Madras plague regulations in force outside the Presidency town - Volume 5
Disease focus: Plague
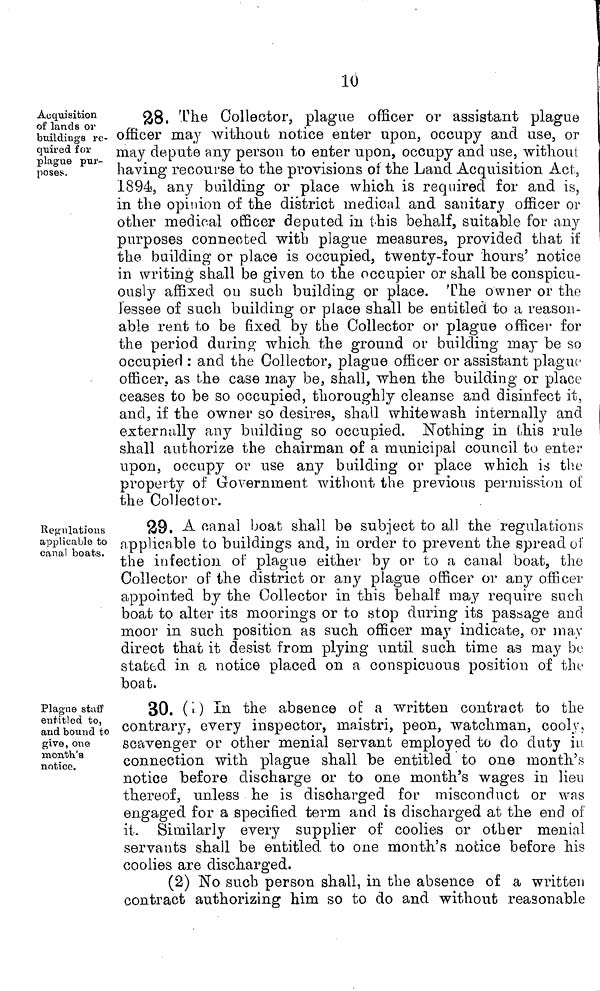
10
Acquisition
of lands or
buildings re-
quired for
plague pur-
poses».
28. The Collector, plague officer or assistant plague
officer may without notice enter upon, occupy and use, or
may depute any person to enter upon, occupy and use, without
having recourse to the provisions of the Land Acquisition Act,
1894, any building or place which is required for and is,
in the opinion of the district medical and sanitary officer or
other medical officer deputed in this behalf, suitable for any
purposes connected with plague measures, provided that if
the building or place is occupied, twenty-four hours' notice
in writing shall be given to the occupier or shall be conspicu-
ously affixed on such building or place. The owner or the
lessee of such building or place shall be entitled to a reason-
able rent to be fixed by the Collector or plague officer for
the period during which the ground or building may be so
occupied : and the Collector, plague officer or assistant plague
officer, as the case may be, shall, when the building or place
ceases to be so occupied, thoroughly cleanse and disinfect it,
and, if the owner so desires, shall whitewash internally and
externally any building so occupied. Nothing in this rule
shall authorize the chairman of a municipal council to enter
upon, occupy or use any building or place which is the
property of Government without the previous permission of
the Collector.
Regulations
applicable to
canal boats.
29. A canal boat shall be subject to all the regulations
applicable to buildings and, in order to prevent the spread of
the infection of plague either by or to a canal boat, the
Collector of the district or any plague officer or any officer
appointed by the Collector in this behalf may require such
boat to alter its moorings or to stop during its passage and
moor in such position as such officer may indicate, or may
direct that it desist from plying until such time as may be
stated in a notice placed on a conspicuous position of the
boat.
Plague staff
entitled to,
and bound to
give, one
month's
notice.
30. (i) In the absence of a written contract to the
contrary, every inspector, rnaistri, peon, watchman, cooly,
scavenger or other menial servant employed to do duty in
connection with plague shall be entitled to one month's
notice before discharge or to one month's wages in lieu
thereof, unless he is discharged for misconduct or was
engaged for a specified term and is discharged at the end of
it. Similarly every supplier of coolies or other menial
servants shall be entitled to one month's notice before his
coolies are discharged.
(2) No such person shall, in the absence of a written
contract authorizing him so to do and without reasonable